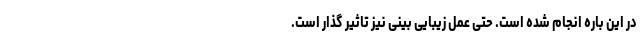
در این باره انجام شده است. حتی عمل زیبایی بینی نیز تاثیر گذار است.